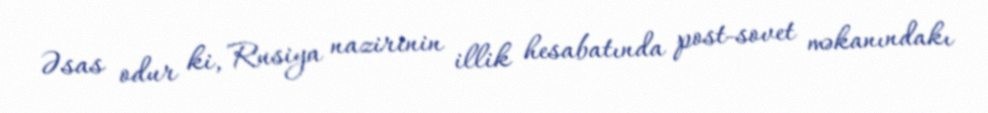
Əsas odur ki, Rusiya nazirinin illik hesabatında post-sovet məkanındakı